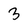
Character: 3